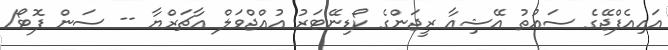
އައިއެފްޖޭގެ ސައުތު އޭޝިއާ ރީޖަންގެ ކޯޑިނޭޓަރު އުއްޖްވަލް އާޗަރްޔާ -- ސަން ފޮޓޯ/